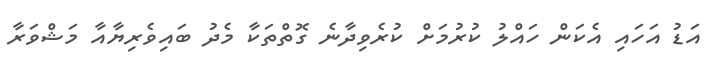
އަޑު އަހައި އެކަން ހައްލު ކުރުމަށް ކުރެވިދާނެ ގޮތްތަކާ މެދު ބައިވެރިޔާއާ މަޝްވަރާ